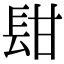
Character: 𨱫